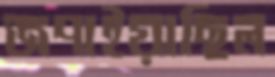
জপাইয়াছিল